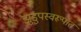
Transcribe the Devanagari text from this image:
झुडुपस्वरूपात